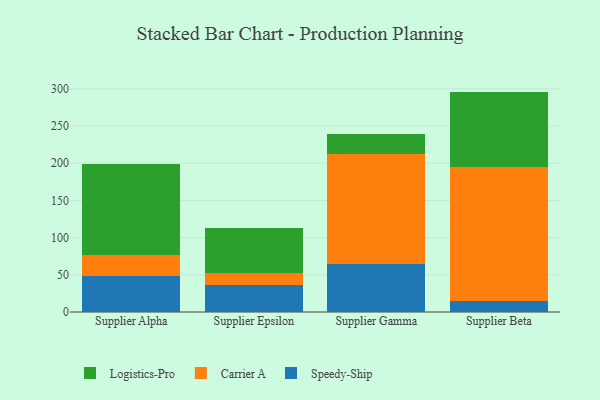
{"axis": {"x": "Supplier", "y": "Shipments"}, "legend": ["Carrier A", "Logistics-Pro", "Speedy-Ship"], "data": [{"x": "Supplier Alpha", "y": 48.4, "type": "Speedy-Ship"}, {"x": "Supplier Alpha", "y": 28.9, "type": "Carrier A"}, {"x": "Supplier Alpha", "y": 121.6, "type": "Logistics-Pro"}, {"x": "Supplier Epsilon", "y": 36.3, "type": "Speedy-Ship"}, {"x": "Supplier Epsilon", "y": 15.9, "type": "Carrier A"}, {"x": "Supplier Epsilon", "y": 61.0, "type": "Logistics-Pro"}, {"x": "Supplier Gamma", "y": 64.2, "type": "Speedy-Ship"}, {"x": "Supplier Gamma", "y": 148.9, "type": "Carrier A"}, {"x": "Supplier Gamma", "y": 26.0, "type": "Logistics-Pro"}, {"x": "Supplier Beta", "y": 14.6, "type": "Speedy-Ship"}, {"x": "Supplier Beta", "y": 180.0, "type": "Carrier A"}, {"x": "Supplier Beta", "y": 101.8, "type": "Logistics-Pro"}]}